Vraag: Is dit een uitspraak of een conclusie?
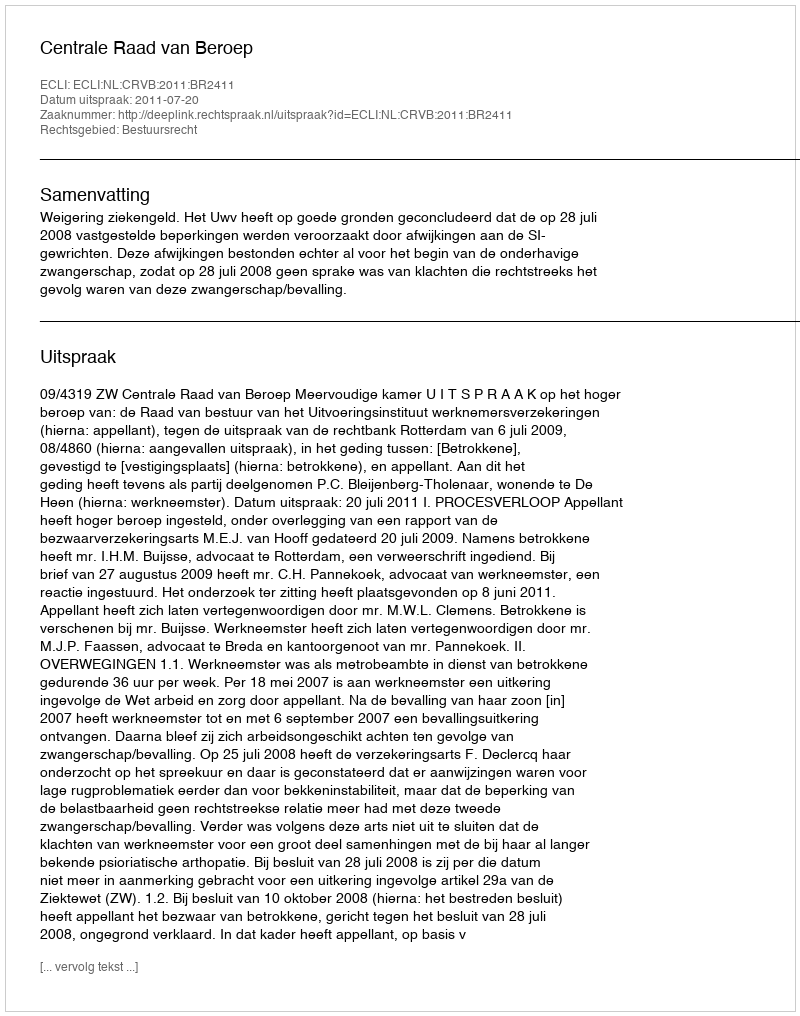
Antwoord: Uitspraak